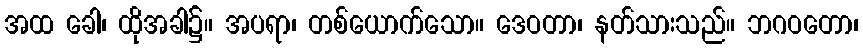
အထ ခေါ၊ ထိုအခါ၌။ အပရာ၊ တစ်ယောက်သော။ ဒေဝတာ၊ နတ်သားသည်။ ဘဂဝတော၊